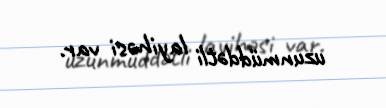
uzunmüddətli layihəsi var.